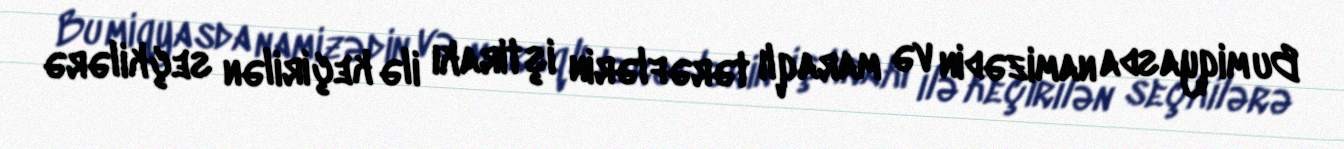
Bu miqyasda namizədin və maraqlı tərəflərin iştirakı ilə keçirilən seçkilərə